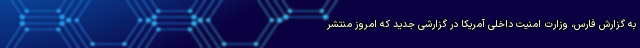
به گزارش فارس، وزارت امنیت داخلی آمریکا در گزارشی جدید که امروز منتشر